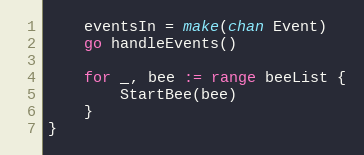
Language: Go
	eventsIn = make(chan Event)
	go handleEvents()

	for _, bee := range beeList {
		StartBee(bee)
	}
}